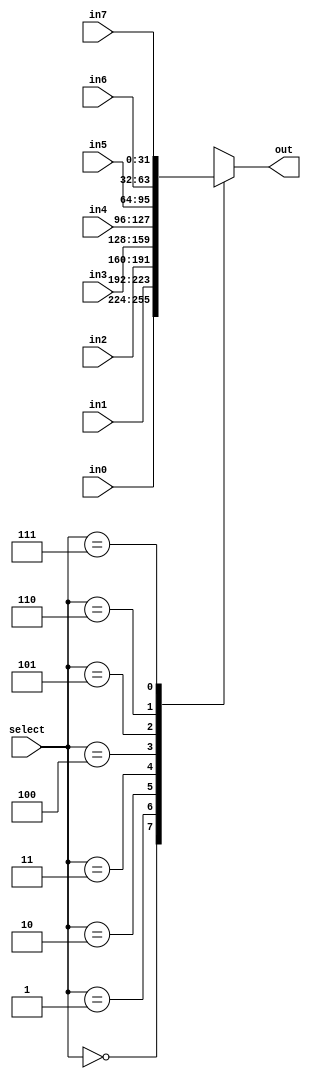
//8select=0in0,select=1in1,select=2in2,
`timescale 1ns/1ps
module MUX8 (
    input[2:0] select,
    input[31:0] in0,
    input[31:0] in1,
    input[31:0] in2,
    input[31:0] in3,
    input[31:0] in4,
    input[31:0] in5,
    input[31:0] in6,
    input[31:0] in7,
    output reg[31:0] out
);
    
    always @(*) begin
        case(select)
        3'd0:out=in0;
        3'd1:out=in1;
        3'd2:out=in2;
        3'd3:out=in3;
        3'd4:out=in4;
        3'd5:out=in5;
        3'd6:out=in6;
        3'd7:out=in7;
        endcase
    end
endmodule

module MUX8_tb;
    reg[2:0] select;
    reg[31:0] in0,in1,in2,in3,in4,in5,in6,in7;
    wire[31:0] out;
    MUX8 mux8 (
    .select(select),
    .in0(in0),
    .in1(in1),
    .in2(in2),
    .in3(in3),
    .in4(in4),
    .in5(in5),
    .in6(in6),
    .in7(in7),
    .out(out)
    );

    initial begin
        select<=0;
        in0<=0;
        in1<=1;
        in2<=2;
        in3<=3;
        in4<=0;
        in5<=1;
        in6<=2;
        in7<=3;
        #10 select<=1;
        #10 select<=2;
        #10 select<=3;
        #30 $stop;
    end
    
endmodule